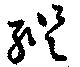
縦